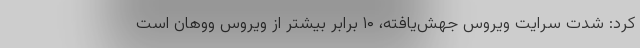
کرد: شدت سرایت ویروس جهش‌یافته، ۱۰ برابر بیشتر از ویروس ووهان است